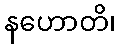
နဟောတိ၊